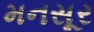
મનસૂર